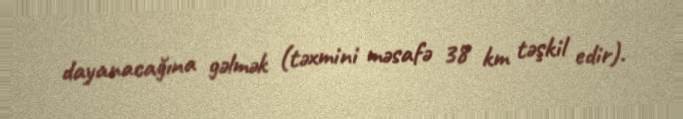
dayanacağına gəlmək (təxmini məsafə 38 km təşkil edir).